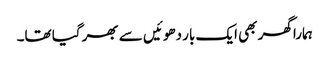
ہمارا گھر بھی ایک بار دھوئیں سے بھر گیا تھا۔